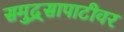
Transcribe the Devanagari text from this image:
समुद्र्सापाटीवर